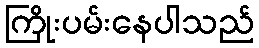
ကြိုးပမ်းနေပါသည်